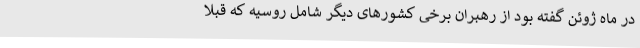
در ماه ژوئن گفته بود از رهبران برخی کشورهای دیگر شامل روسیه که قبلا